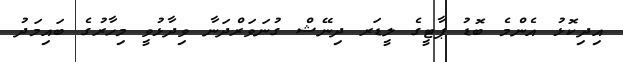
އިދިކޮޅު އެންމެ ބޮޑު ޕާޓީގެ ލީޑަރ ދިނޭޝް ގުނަވަރްދަނާ ވިދާޅުވީ މިހާރުގެ ބައިމަދު